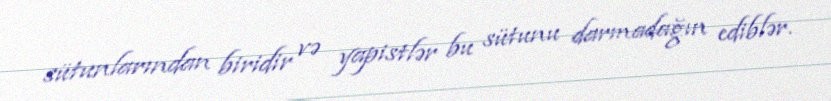
sütunlarından biridir və yapistlər bu sütunu darmadağın ediblər.